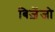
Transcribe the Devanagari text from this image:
बिज़ेंजो